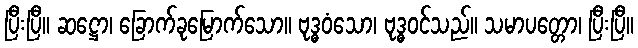
ပြီးပြီ။ ဆဋ္ဌော၊ ခြောက်ခုမြောက်သော။ ဗုဒ္ဓဝံသော၊ ဗုဒ္ဓဝင်သည်။ သမာပတ္တော၊ ပြီးပြီ။